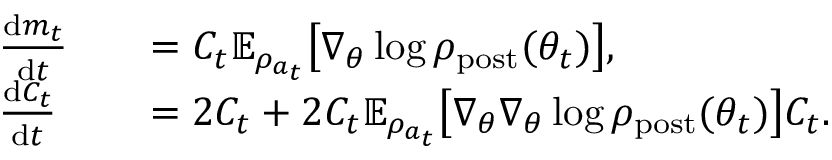
\begin{array} { r l r l } & { \frac { \mathrm { d } m _ { t } } { \mathrm { d } t } } & & { = C _ { t } \mathbb { E } _ { \rho _ { a _ { t } } } \bigl [ \nabla _ { \theta } \log \rho _ { \mathrm { p o s t } } ( \theta _ { t } ) \bigr ] , } \\ & { \frac { \mathrm { d } C _ { t } } { \mathrm { d } t } } & & { = 2 C _ { t } + 2 C _ { t } \mathbb { E } _ { \rho _ { a _ { t } } } \bigl [ \nabla _ { \theta } \nabla _ { \theta } \log \rho _ { \mathrm { p o s t } } ( \theta _ { t } ) \bigr ] C _ { t } . } \end{array}